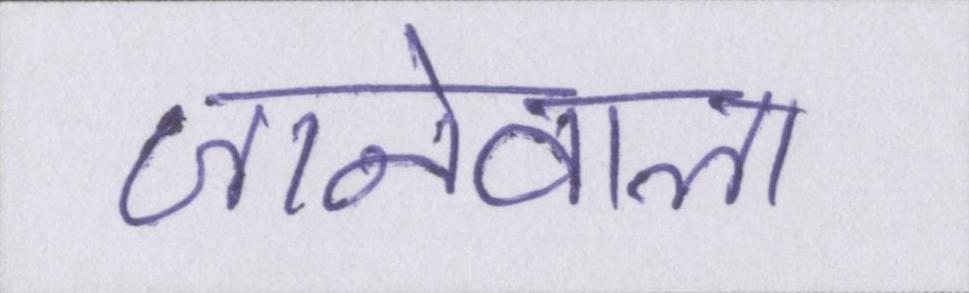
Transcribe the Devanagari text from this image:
जानेवाला